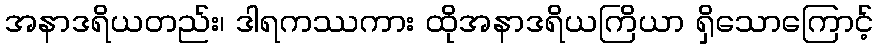
အနာဒရိယတည်း၊ ဒါရကဿကား ထိုအနာဒရိယကြိယာ ရှိသောကြောင့်